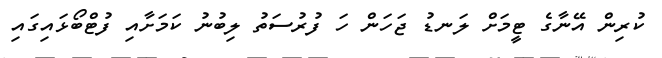
ކުރިން އޭނާގެ ޓީމަށް ލަނޑު ޖަހަން ހަ ފުރުސަތު ލިބުނު ކަމަށާއި ފުޓްބޯޅައިގައި